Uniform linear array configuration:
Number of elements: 48
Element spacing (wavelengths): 1
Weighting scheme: hann
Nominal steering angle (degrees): -15
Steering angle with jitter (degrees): -14.612
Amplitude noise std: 0.05
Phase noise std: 0.05

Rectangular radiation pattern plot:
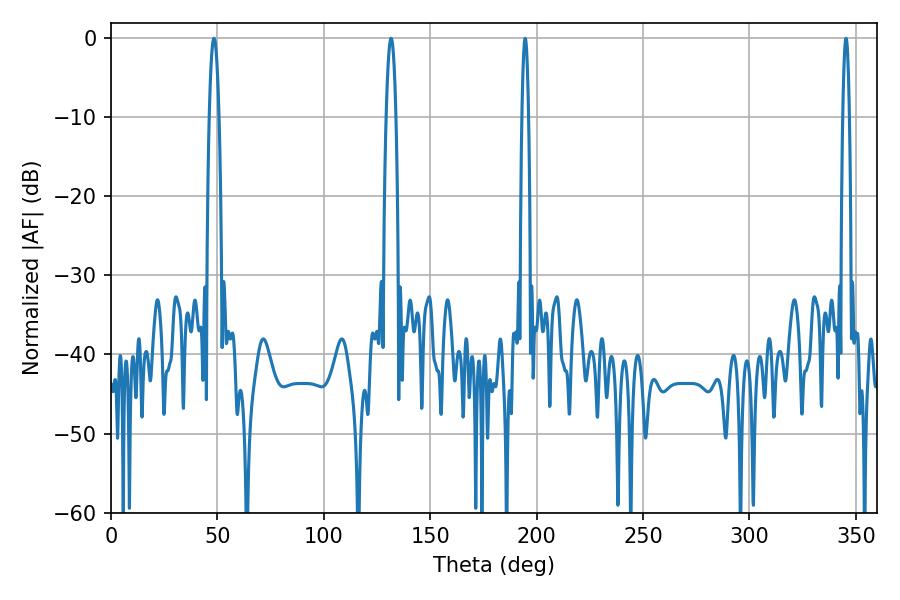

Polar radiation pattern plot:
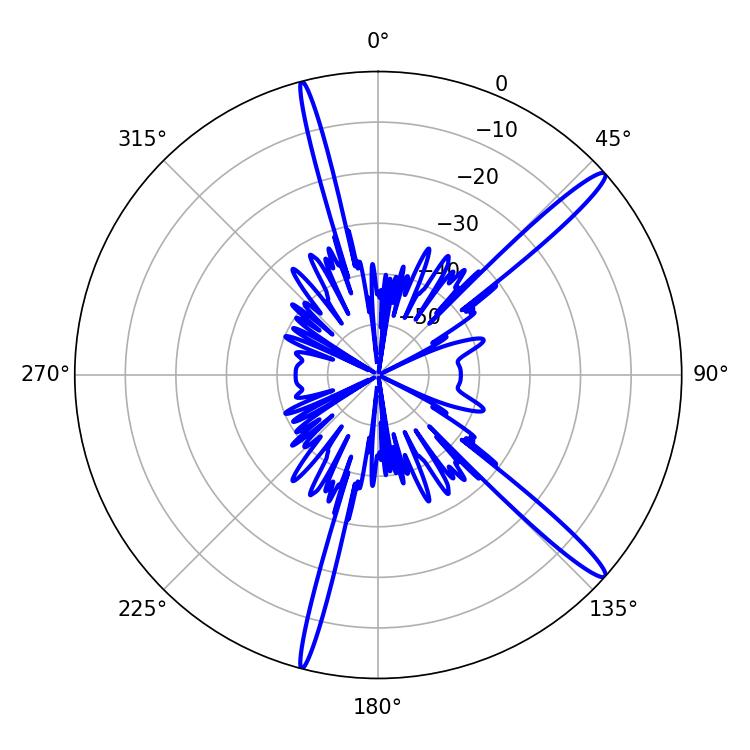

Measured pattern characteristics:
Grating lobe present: TRUE
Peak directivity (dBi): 15.57
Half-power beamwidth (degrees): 2.52
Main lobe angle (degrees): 48.42